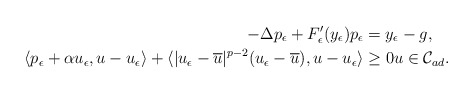
\begin{align*}-\Delta p_{\epsilon} + F_{\epsilon}'(y_{\epsilon}) p_{\epsilon} & = y_{\epsilon}-g,\\\langle p_{\epsilon} +\alpha u_{\epsilon}, u-u_{\epsilon} \rangle +\langle |u_{\epsilon}-\overline{u}|^{p-2} (u_{\epsilon}-\overline{u}), u-u_{\epsilon} \rangle&\ge 0 u\in \mathcal{C}_{ad}. \end{align*}